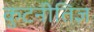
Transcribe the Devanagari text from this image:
कुटनीतिज्ञ